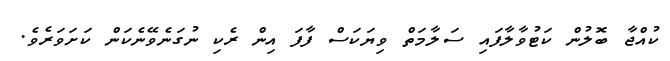
ކުއްޖާ ބޮލުން ކަޓުވާލާފައި ސަލާމަތް ވިޔަކަސް ފާފަ އިން ރެކި ނުގަނެވޭނެކަން ކަށަވަރެވެ.